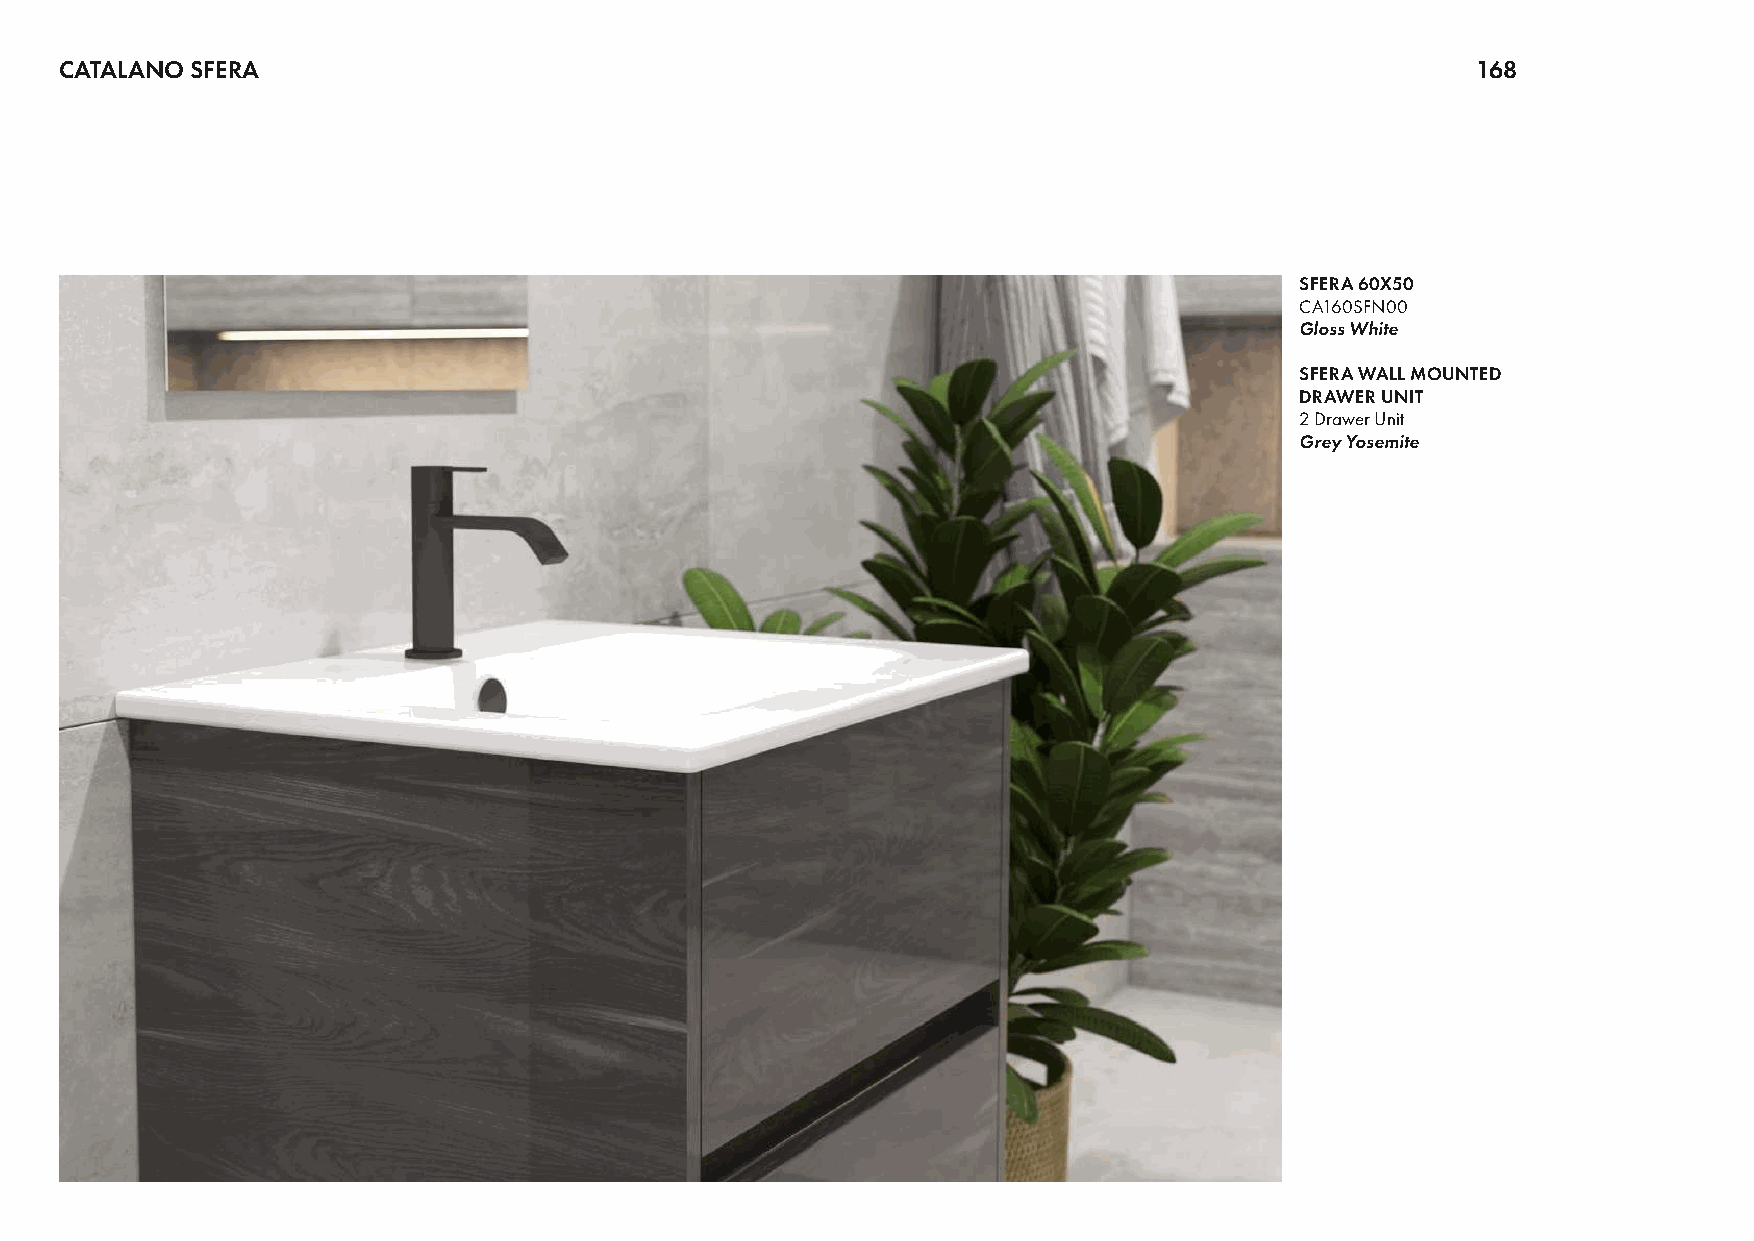
CATALANO SFERA                                                                                168
 SFERA 60X50
 CA160SFN00
 Gloss White
 SFERA WALL MOUNTED
 DRAWER UNIT
 2 Drawer Unit
 Grey Yosemite